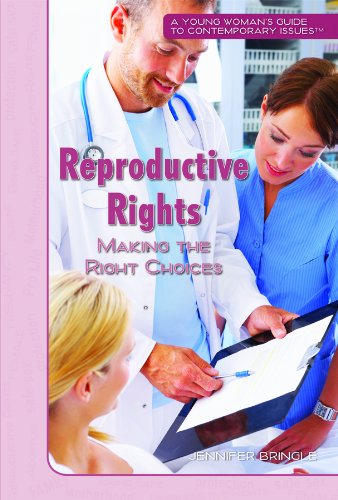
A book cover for Reproductive Rights: Making the Right Choices (Young Woman's Guide to Contemporary Issues); Jennifer Bringle; Teen & Young Adult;